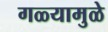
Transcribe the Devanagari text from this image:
गळ्यामुळे